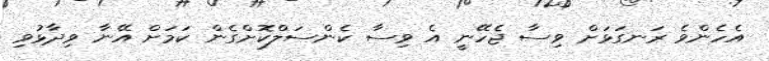
އެހެންވެ ރަނގަޅަށް ވިސާ ޖެހޭނީ އެ ވިސާ ކެންސަލްކޮށްގެން ކަމަށް އޭނާ ވިދާޅުވި